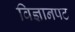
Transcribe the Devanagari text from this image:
विज्ञानपट